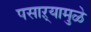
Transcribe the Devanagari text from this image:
पसाऱ्यामुळे